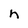
Character: n